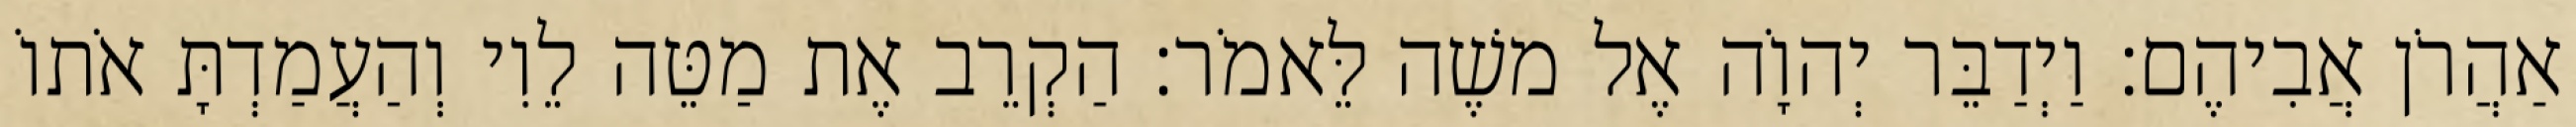
אַהֲרֹן אֲבִיהֶם׃ וַיְדַבֵּר יְהוָֹה אֶל משֶׁה לֵּאמֹר׃ הַקְרֵב אֶת מַטֵּה לֵוִי וְהַעֲמַדְתָּ אֹתוֹ